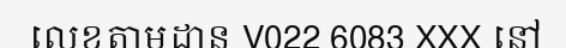
លេខតាមដាន V022 6083 XXX នៅ